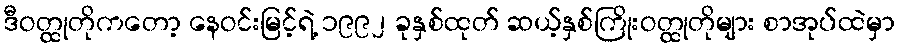
ဒီဝတ္ထုတိုကတော့ နေဝင်းမြင့်ရဲ့ ၁၉၉၂ ခုနှစ်ထုတ် ဆယ့်နှစ်ကြိုးဝတ္ထုတိုများ စာအုပ်ထဲမှာ